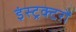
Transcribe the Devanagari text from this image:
इंस्ट्रक्टरों